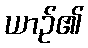
ယာဉ်၏